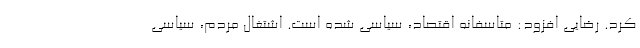
کرد. رضایی افزود: متاسفانه اقتصاد، سیاسی شده است. اشتغال مردم، سیاسی